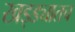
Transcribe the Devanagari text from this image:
खड्ड्यातच